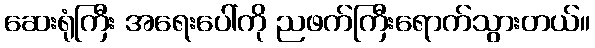
ဆေးရုံကြီး အရေးပေါ်ကို ညဖက်ကြီးရောက်သွားတယ်။